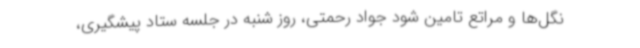
نگل‌ها و مراتع تامین شود جواد رحمتی، روز شنبه در جلسه ستاد پیشگیری،